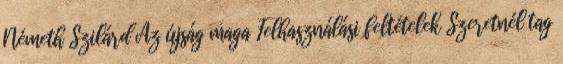
Németh Szilárd Az újság maga Felhasználási feltételek Szeretnél tag